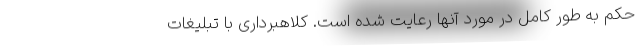
حکم به طور کامل در مورد آنها رعایت شده است. کلاهبرداری با تبلیغات